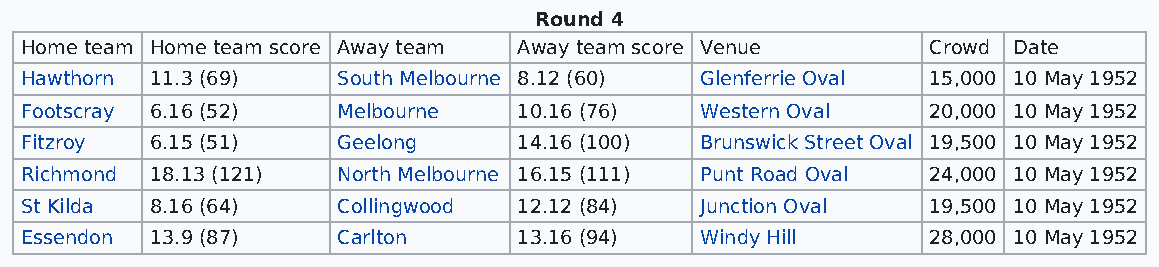
Round 4
 Home team Home team score Away team Away team score Venue   Crowd Date
 Hawthorn 11.3 (69)   South Melbourne 8.12 (60) Glenferrie Oval 15,000 10 May 1952
 Footscray 6.16 (52)  Melbourne   10.16 (76)  Western Oval   20,000 10 May 1952
 Fitzroy  6.15 (51)   Geelong     14.16 (100) Brunswick Street Oval 19,500 10 May 1952
 Richmond 18.13 (121) North Melbourne 16.15 (111) Punt Road Oval 24,000 10 May 1952
 St Kilda 8.16 (64)   Collingwood 12.12 (84)  Junction Oval  19,500 10 May 1952
 Essendon 13.9 (87)   Carlton     13.16 (94)  Windy Hill     28,000 10 May 1952